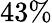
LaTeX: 43\%